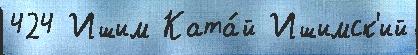
424 Ишим Ката́й Ишимск'ий